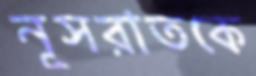
নূসরাতকে